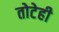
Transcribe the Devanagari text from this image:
तोटेही